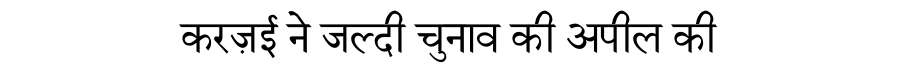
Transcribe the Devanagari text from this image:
करज़ई ने जल्दी चुनाव की अपील की